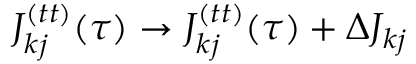
J _ { k j } ^ { ( t t ) } ( \tau ) \rightarrow J _ { k j } ^ { ( t t ) } ( \tau ) + \Delta J _ { k j }